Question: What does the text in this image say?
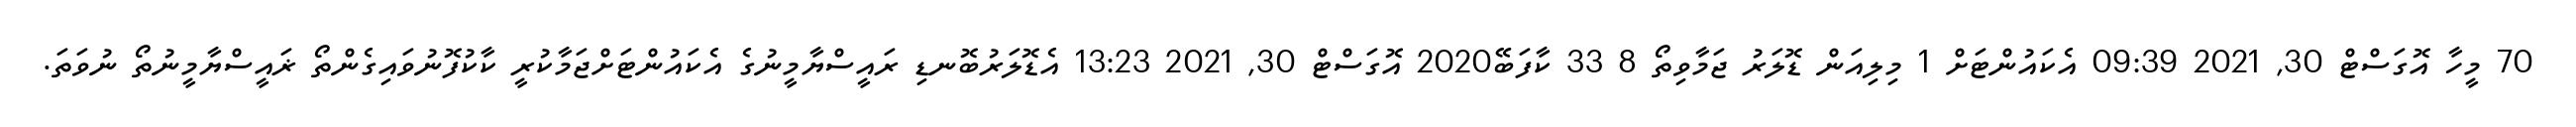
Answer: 70 މީހާ އޮގަސްޓް 30, 2021 09:39 އެކައުންޓަށް 1 މިލިއަން ޑޮލަރު ޖަމާވިތޯ 8 33 ކާފަބޭ2020 އޮގަސްޓް 30, 2021 13:23 އެޑޮލަރުބޮނޑި ރައީސްޔާމީނުގެ އެކައުންޓަށްޖަމާކުރީ ކާކުފޮނުވައިގެންތޯ ޜައީސްޔާމީނުތޯ ނުވަތަ.